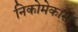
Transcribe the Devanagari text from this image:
निकोमेकास